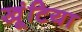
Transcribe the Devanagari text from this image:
खूंटिया